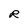
Character: R